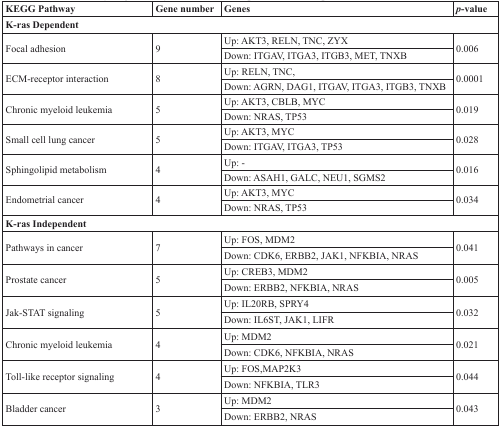
<table><thead><tr><td><b>KEGG Pathway</b></td><td><b>Gene number</b></td><td><b>Genes</b></td><td><b><i>p</i>-value</b></td></tr></thead><tbody><tr><td colspan="4"><b>K-ras Dependent</b></td></tr><tr><td rowspan="2">Focal adhesion</td><td rowspan="2">9</td><td>Up: AKT3, RELN, TNC, ZYX</td><td rowspan="2">0.006</td></tr><tr><td>Down: ITGAV, ITGA3, ITGB3, MET, TNXB</td></tr><tr><td rowspan="2">ECM-receptor interaction</td><td rowspan="2">8</td><td>Up: RELN, TNC,</td><td rowspan="2">0.0001</td></tr><tr><td>Down: AGRN, DAG1, ITGAV, ITGA3, ITGB3, TNXB</td></tr><tr><td rowspan="2">Chronic myeloid leukemia</td><td rowspan="2">5</td><td>Up: AKT3, CBLB, MYC</td><td rowspan="2">0.019</td></tr><tr><td>Down: NRAS, TP53</td></tr><tr><td rowspan="2">Small cell lung cancer</td><td rowspan="2">5</td><td>Up: AKT3, MYC</td><td rowspan="2">0.028</td></tr><tr><td>Down: ITGAV, ITGA3, TP53</td></tr><tr><td rowspan="2">Sphingolipid metabolism</td><td rowspan="2">4</td><td>Up: -</td><td rowspan="2">0.016</td></tr><tr><td>Down: ASAH1, GALC, NEU1, SGMS2</td></tr><tr><td rowspan="2">Endometrial cancer</td><td rowspan="2">4</td><td>Up: AKT3, MYC</td><td rowspan="2">0.034</td></tr><tr><td>Down: NRAS, TP53</td></tr><tr><td colspan="4"><b>K-ras Independent</b></td></tr><tr><td rowspan="2">Pathways in cancer</td><td rowspan="2">7</td><td>Up: FOS, MDM2</td><td rowspan="2">0.041</td></tr><tr><td>Down: CDK6, ERBB2, JAK1, NFKBIA, NRAS</td></tr><tr><td rowspan="2">Prostate cancer</td><td rowspan="2">5</td><td>Up: CREB3, MDM2</td><td rowspan="2">0.005</td></tr><tr><td>Down: ERBB2, NFKBIA, NRAS</td></tr><tr><td rowspan="2">Jak-STAT signaling</td><td rowspan="2">5</td><td>Up: IL20RB, SPRY4</td><td rowspan="2">0.032</td></tr><tr><td>Down: IL6ST, JAK1, LIFR</td></tr><tr><td rowspan="2">Chronic myeloid leukemia</td><td rowspan="2">4</td><td>Up: MDM2</td><td rowspan="2">0.021</td></tr><tr><td>Down: CDK6, NFKBIA, NRAS</td></tr><tr><td rowspan="2">Toll-like receptor signaling</td><td rowspan="2">4</td><td>Up: FOS,MAP2K3</td><td rowspan="2">0.044</td></tr><tr><td>Down: NFKBIA, TLR3</td></tr><tr><td rowspan="2">Bladder cancer</td><td rowspan="2">3</td><td>Up: MDM2</td><td rowspan="2">0.043</td></tr><tr><td>Down: ERBB2, NRAS</td></tr></tbody></table>